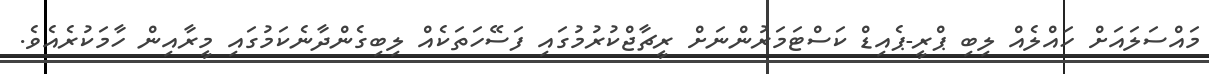
މައްސަލައަށް ހައްލެއް ލިބި ޕްރީ-ޕެއިޑް ކަސްޓަމަރުންނަށް ރީޗާޖްކުރުމުގައި ފަސޭހަތަކެއް ލިބިގެންދާނެކަމުގައި މީރާއިން ހާމަކުރެއެވެ.